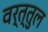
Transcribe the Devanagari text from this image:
वर्त्तुल